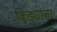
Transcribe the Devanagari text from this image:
किड्यांना